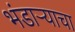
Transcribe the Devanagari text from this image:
भंडाऱ्याचा